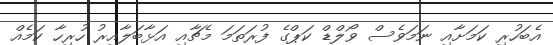
އެބަހުރި ކަމަށާއި ނަމަވެސް ވޯލްޑް ކަޕްގެ ފުރަތަމަ މެޗާއި އަޅާބަލާއިރު ހުރިހާ ކަމެއް